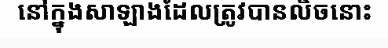
នៅក្នុងសាឡាងដែលត្រូវបានលិចនោះ